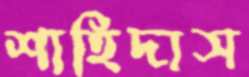
শাহিদাস